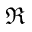
\mathfrak R